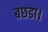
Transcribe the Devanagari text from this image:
बछडा।